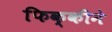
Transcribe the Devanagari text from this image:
फिक्कीने